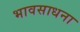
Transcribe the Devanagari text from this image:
भावसाधना